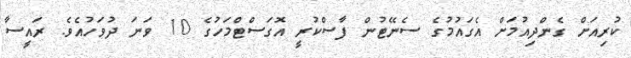
ކުރިއަށް ގެންދިއުމަށް އެގައުމުގެ ސެނޭޓުން ފާސްކުރީ އޮގަސްޓްމަހުގެ 10 ވަނަ ދުވަހުއެވެ. ރައީސާ